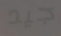
جيد